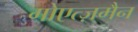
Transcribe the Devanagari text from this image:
गोएत्ज़मैन